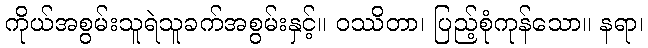
ကိုယ်အစွမ်းသူရဲသူခက်အစွမ်းနှင့်။ ဝဿိတာ၊ ပြည့်စုံကုန်သော။ နရာ၊